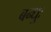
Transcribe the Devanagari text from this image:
बन्धुः